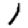
Digit: 1